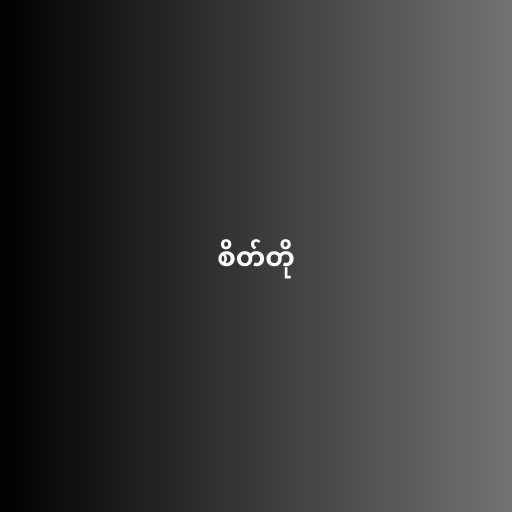
စိတ်တို